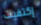
إكتفيت